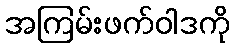
အကြမ်းဖက်ဝါဒကို